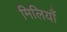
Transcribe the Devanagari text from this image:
मिलियाँ